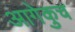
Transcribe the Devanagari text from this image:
आगेकुच